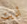
أديت